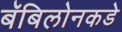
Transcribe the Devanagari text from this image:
बॅबिलोनकडे